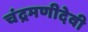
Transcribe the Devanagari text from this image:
चंद्रमणीदेवी